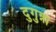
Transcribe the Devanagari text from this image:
दुगुन्ना